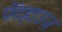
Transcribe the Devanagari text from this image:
पेंटहाउज़